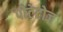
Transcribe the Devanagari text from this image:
पोटेटोज